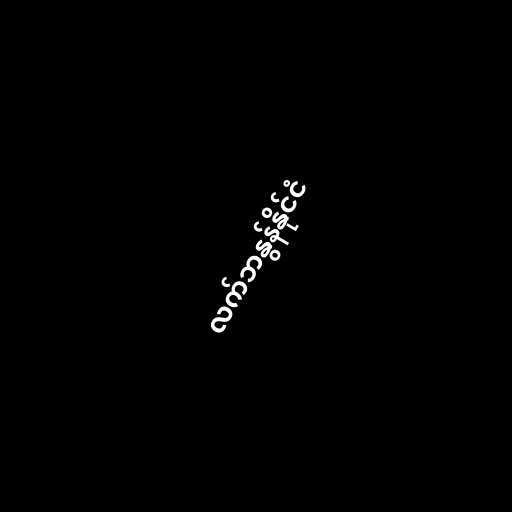
လက်ဘနွန်နိုင်ငံ